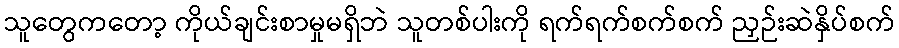
သူတွေကတော့ ကိုယ်ချင်းစာမှုမရှိဘဲ သူတစ်ပါးကို ရက်ရက်စက်စက် ညှဉ်းဆဲနှိပ်စက်